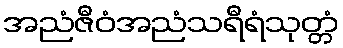
အညံဇီဝံအညံသရီရံသုတ္တံ